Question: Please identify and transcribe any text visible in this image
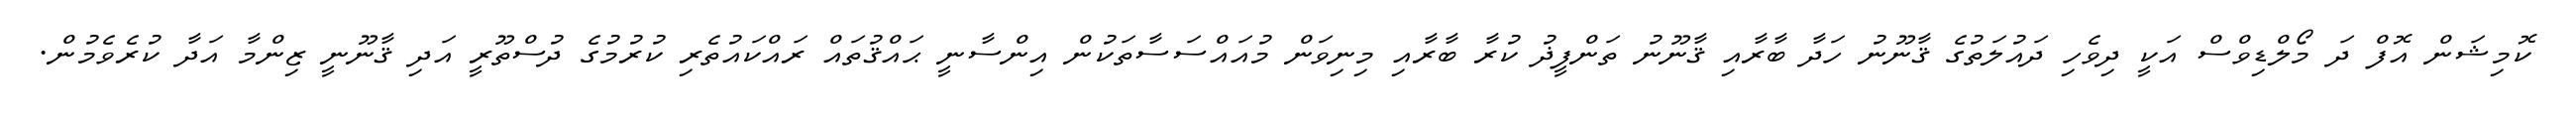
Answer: ކޮމިޝަން އޮފް ދަ މޯލްޑިވްސް އަކީ ދިވެހި ދައުލަތުގެ ޤާނޫނު ހަދާ ބާރާއި ޤާނޫނު ތަންފީޛު ކުރާ ބާރާއި މިނިވަން މުއައްސަސާތަކުން އިންސާނީ ޙައްޤުތައް ރައްކައުތެރި ކުރުމުގެ ދުސްތޫރީ އަދި ޤާނޫނީ ޒިންމާ އަދާ ކުރެވެމުން.